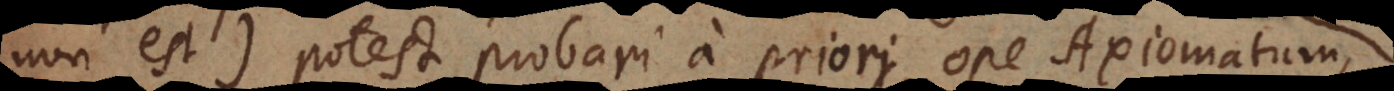
non est) potest probari a priori, ope Axiomatum,